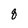
Character: 8